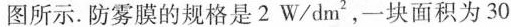
图所示。防雾膜的规格是2W/dm^{2}，一块面积为30